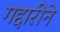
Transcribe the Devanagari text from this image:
गद्दारीने